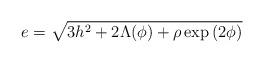
LaTeX: \begin{align*}e=\sqrt{3 h^2+2 \Lambda(\phi) + \rho \exp{(2\phi)}}\end{align*}